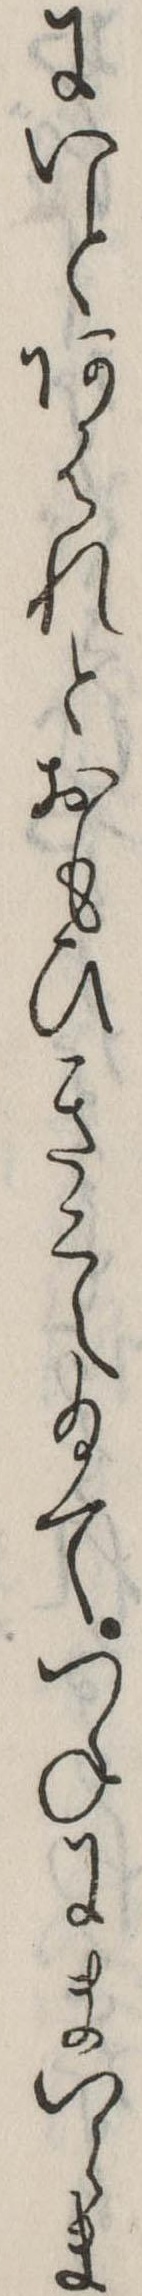
にいとあはれとおもひきこえ給てつねにまいらま